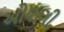
ઓયાગી